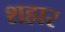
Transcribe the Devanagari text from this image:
शहार